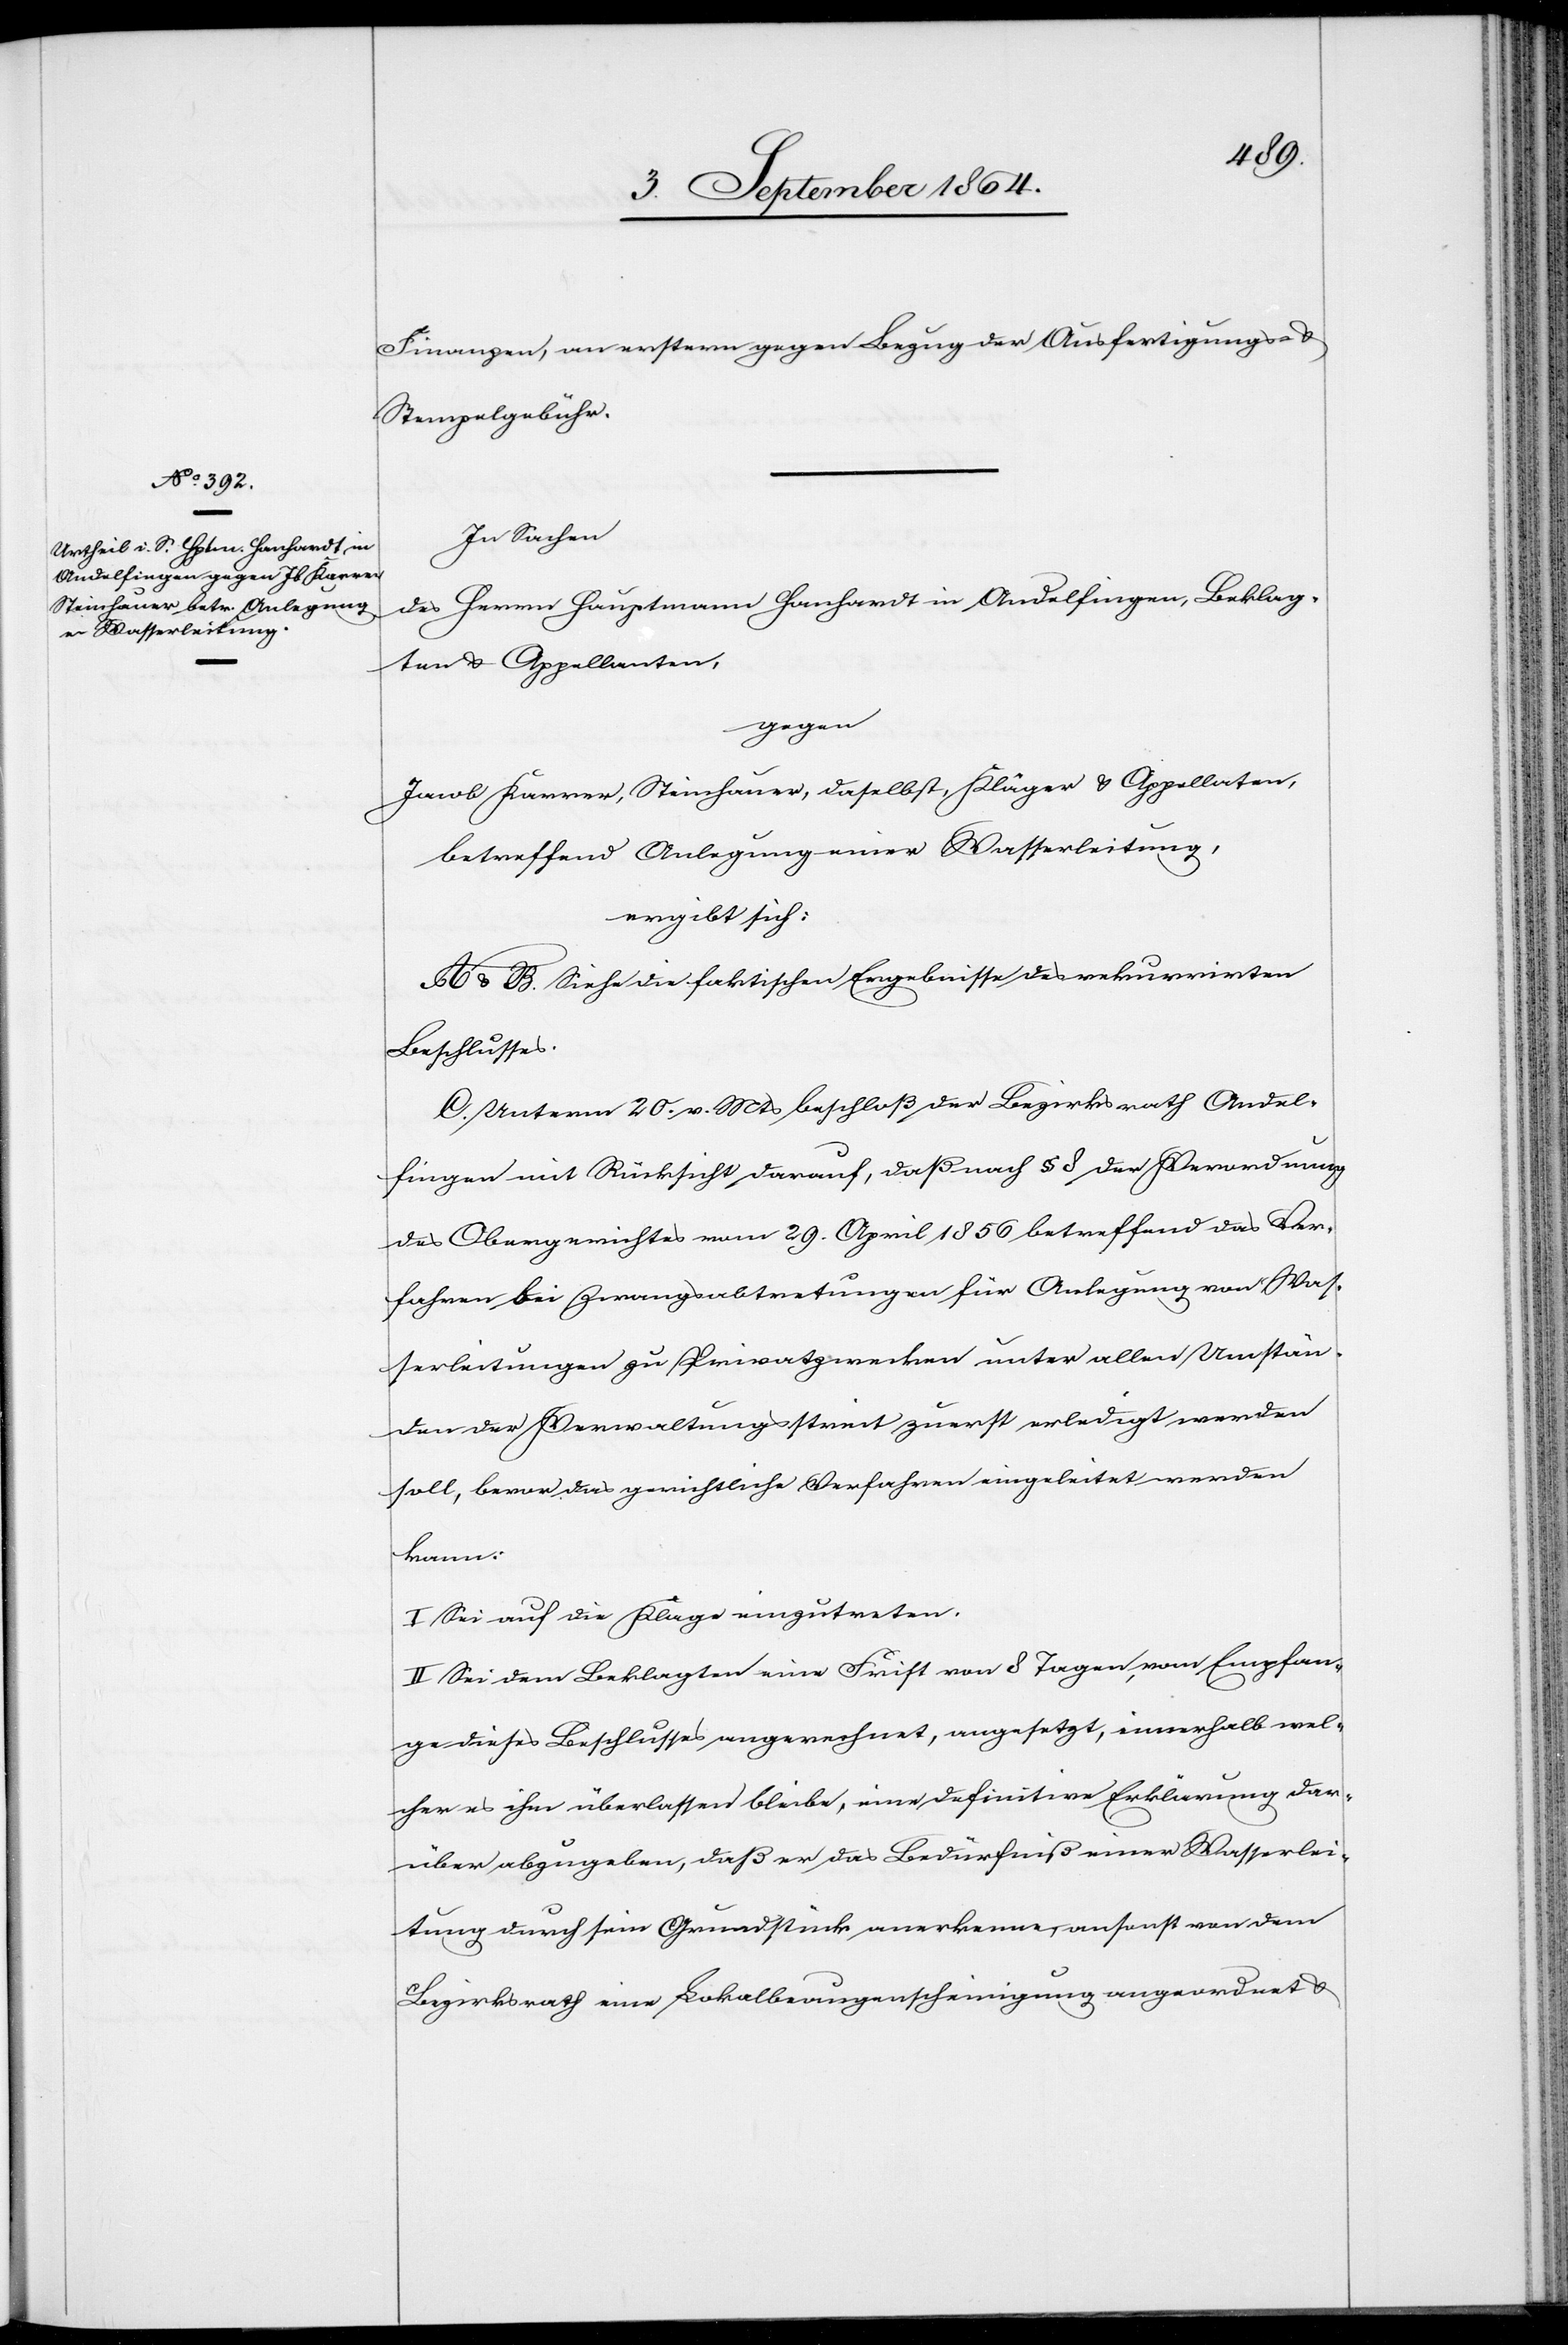
Finanzen, an erstern gegen Bezug der Ausfertigungs- &
Stempelgebühr.
In Sachen
des Herrn Hauptmann Hanhardt in Andelfingen, Beklag¬
ten & Appellanten,
gegen
Jacob Karrer, Steinhauer, daselbst, Kläger & Appellanten,
betreffend Anlegung einer Wasserleitung,
ergibt sich:
A. & B. Siehe die factischen Ergebnisse des rekurrirten
Beschlusses.
C. Unterm 20. v. Mts beschloß der Bezirksrath Andel¬
fingen mit Rücksicht darauf, daß nach § 8 der Verordnung
des Obergerichtes vom 29. April 1856 betreffend das Ver¬
fahren bei Zwangsabtretungen für Anlegung von Wa¬
sserleitungen zu Privatzwecken unter allen Umstän¬
den der Verwaltungsstreit zuerst erledigt werden
soll, bevor das gerichtliche Verfahren eingeleitet werden
kann:
I. Sei auf die Klage einzutreten.
II. Sei dem Beklagten eine Frist von 8 Tagen, vom Empfan¬
ge dieses Beschlusses angerechnet, angesetzt, innerhalb wel¬
cher es ihm überlassen bleibe, eine definitive Erklärung dar¬
über abzugeben, daß er das Bedürfniß einer Wasserlei¬
tung durch sein Grundstück anerkenne; ansonst von dem
Bezirksrath eine Lokalbeaugenscheinigung angeordnet &